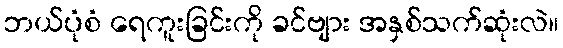
ဘယ်ပုံစံ ရေကူးခြင်းကို ခင်ဗျား အနှစ်သက်ဆုံးလဲ။